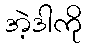
အဲ့ဒါကို